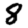
Digit: 8